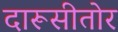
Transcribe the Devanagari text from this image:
दारूसीतोर